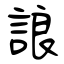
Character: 誏